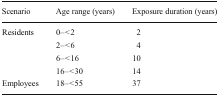
<table><thead><tr><td><b>Scenario</b></td><td><b>Age range (years)</b></td><td><b>Exposure duration (years)</b></td></tr></thead><tbody><tr><td rowspan="4">Residents</td><td>0– &lt; 2</td><td>2</td></tr><tr><td>2– &lt; 6</td><td>4</td></tr><tr><td>6– &lt; 16</td><td>10</td></tr><tr><td>16– &lt; 30</td><td>14</td></tr><tr><td>Employees</td><td>18– &lt; 55</td><td>37</td></tr></tbody></table>